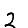
Digit: 2